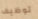
توظيف